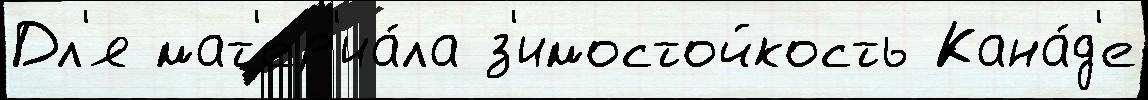
Дл'я мат'ер'иа́ла з'имостойкость Кана́д'е